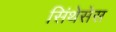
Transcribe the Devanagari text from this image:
सिंथेसेस